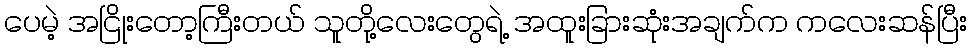
ပေမဲ့ အငြိုးတော့ကြီးတယ် သူတို့လေးတွေရဲ့ အထူးခြားဆုံးအချက်က ကလေးဆန်ပြီး